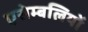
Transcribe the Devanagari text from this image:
एसेम्बलियों